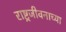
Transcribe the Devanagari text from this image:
राष्ट्रजीवनाच्या